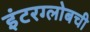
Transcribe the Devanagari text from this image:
इंटरग्लोबची